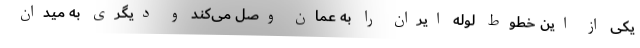
یکی از این خطوط لوله ایران را به عمان وصل می‌کند و دیگری به میدان